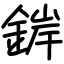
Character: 錌